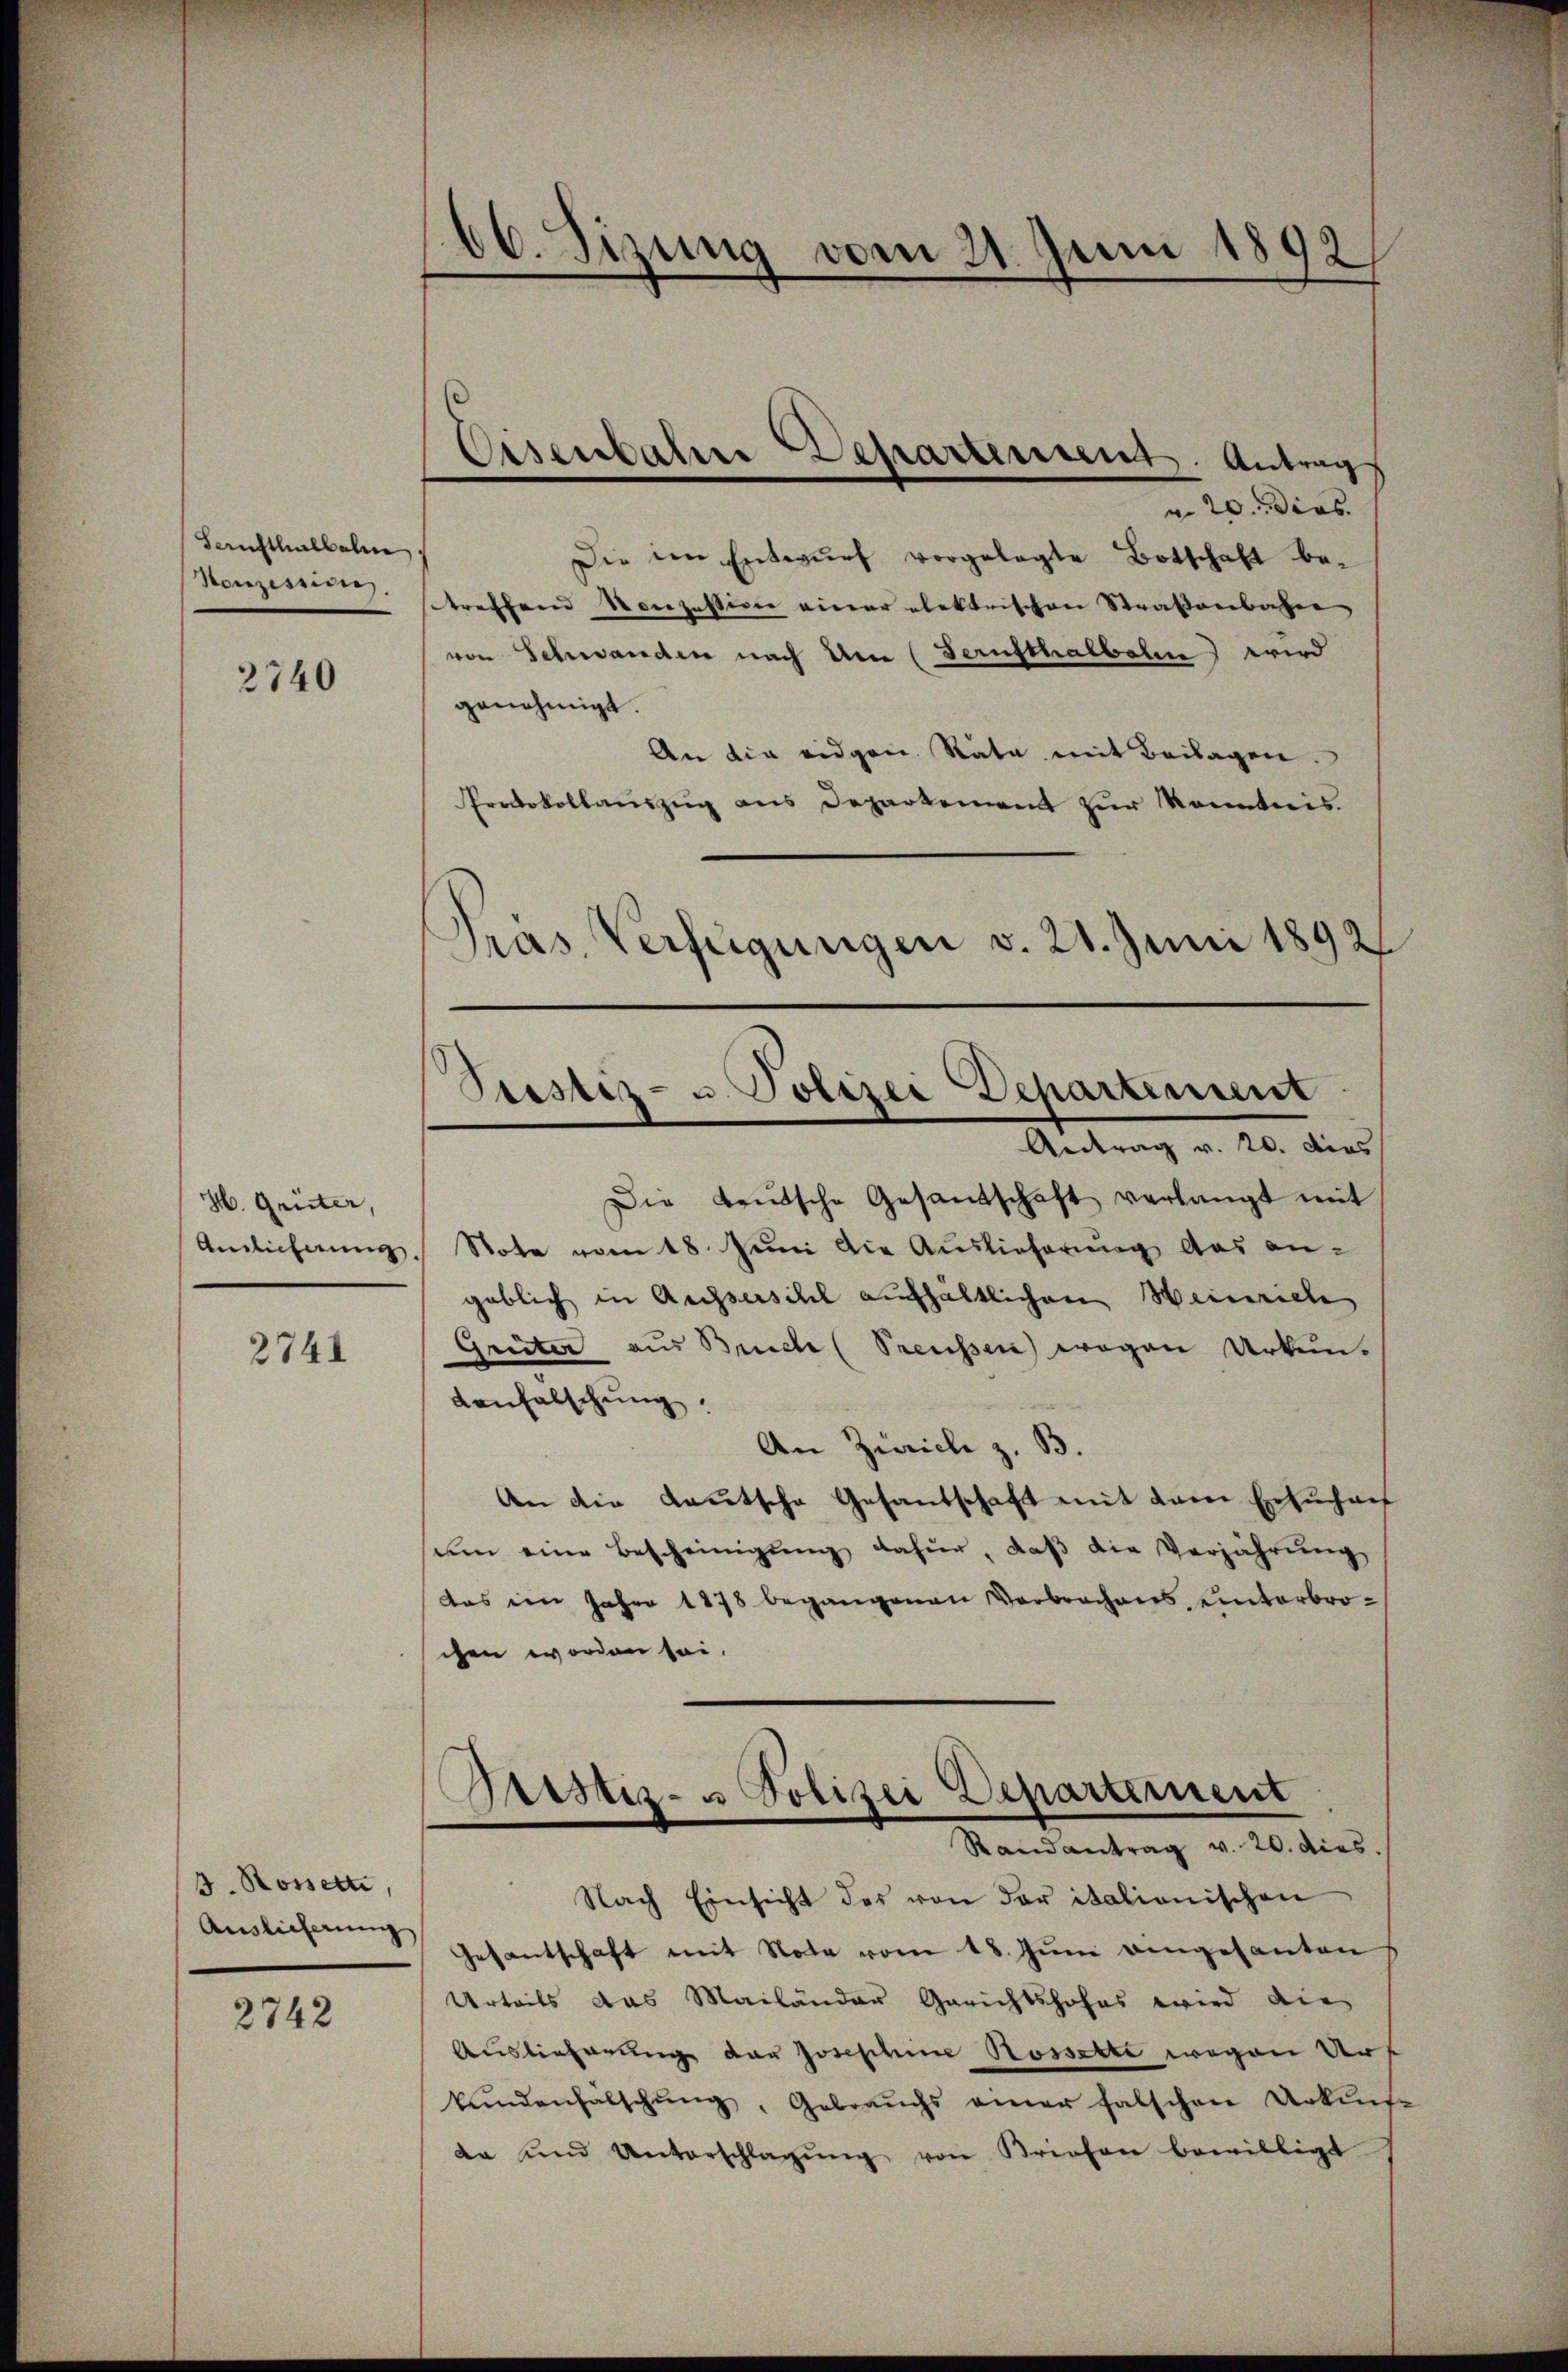
Gerichthalbahn
Honzession.

2740

H. Grüter,
Andlicherung,

2741

a. 20. Dies
Die im Entwŭrf vorgelegte Botschaft be-
treffend Konzession einer elektrischen Straßenbahne
von Schwanden nach Um (Fernsthalbahn wird
genehmigt.
An die eidgen. Räte mit Beilagen.
Protokollaŭszŭg ans Departement zur Kenntnis.
Pras Verfügungen v. 21. Juni 1892

3. Rosserte,
Auslicherung

2742

66. Sizung vom 21. Juni 1892

Eisenbahre Departensent. Antrag

Bestiz- u. Polizei Departement

Antrag v. 20. dies
Die Leŭtsche Gesandschaft verlangt mit
Note vom 18. Juni die Auslieferung das angeblich in Aussersihl aufhaltlichen Heinrich
Griiter aus Breche (Preussen wegen Urkun-
denfalschung.
An Zürich z. B.
An die Kautsche Gesantschaft mit dem Ersuchung
um eine Bescheinigŭng dafür, daβ die Verjährŭng
das im Jahre 1878 begangenen Verbrachens, unterbrochen worden sei.
Randantrag v. 20. dies
Nach Einsicht des von der italionischen
Gesantschaft mit Note vom 18. Jŭni eingesanten
Urteils das Mailänder Gerichtshofes wird die
Auslieferung der Josephine Rosselte wegen Urs
kŭndenfalschŭng, Gebraŭchs einer falschen Urkunf
da und Unterschlagŭng von Briefen bewilligt

ristiz- & Polizei Departement